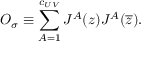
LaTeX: { \cal O } _ { \sigma } \equiv \sum _ { A = 1 } ^ { c _ { U V } } { \cal J } ^ { A } ( z ) { \cal J } ^ { A } ( \overline { { z } } ) .